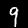
Digit: 9